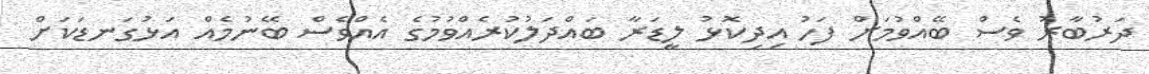
ދަރުބާރު ވެސް ބޭއްވުމަށް ފަހު އިދިކޮޅު ލީޑަރާ ބައްދަލުކުރެއްވުމުގެ އެއްވެސް ބޭނުމެއް އަޅުގަނޑަކަށް